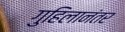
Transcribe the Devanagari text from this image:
गुहिलानंतर